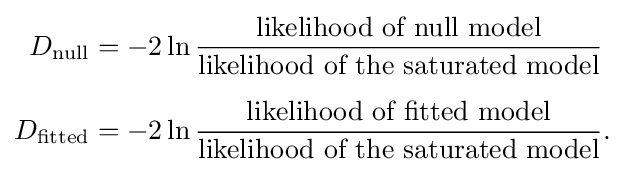
{\begin{aligned}D_{\text{null}}&=-2\ln {\frac {\text{likelihood of null model}}{\text{likelihood of the saturated model}}}\\[6pt]D_{\text{fitted}}&=-2\ln {\frac {\text{likelihood of fitted model}}{\text{likelihood of the saturated model}}}.\end{aligned}}